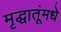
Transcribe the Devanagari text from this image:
मृद्धातूंमधे